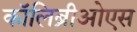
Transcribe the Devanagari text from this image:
कॉलिब्रीओएस